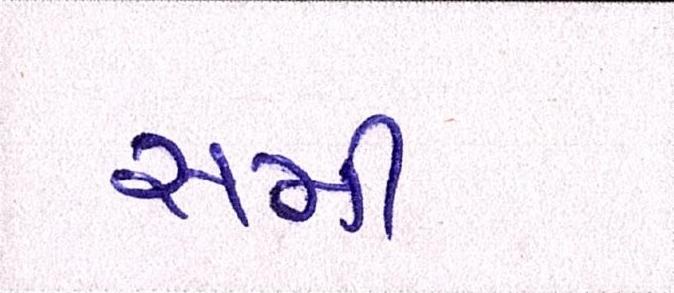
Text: સમી